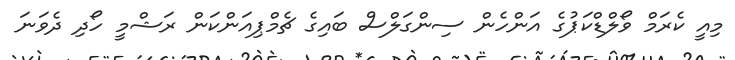
މިއީ ކެރަމް ވޯލްޑްކަޕުގެ އަންހެން ސިންގަލްސް ބައިގެ ޗެމްޕިއަންކަން ރަޝްމީ ހޯދި ދެވަނަ